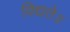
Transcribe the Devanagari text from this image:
विद्यते॥